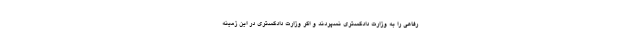
رفاهی را به وزارت دادگستری نسپردند و اگر وزارت دادگستری در این زمینه